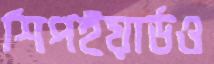
শিপইয়ার্ডও